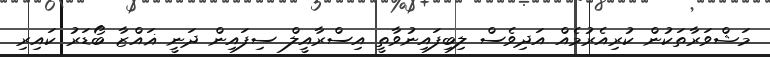
މަޝްވަރާތަކުން ކުރިއެރުމެއް އަދިވެސް ލިބިފައިނުވާތީ އިސްރާއީލް ސިފައިން ދަނީ ޣައްޒާ ބޯޑަރު ކައިރި